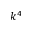
k ^ { 4 }